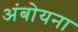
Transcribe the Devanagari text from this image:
अंबोयना